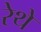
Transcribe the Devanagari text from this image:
रेथे